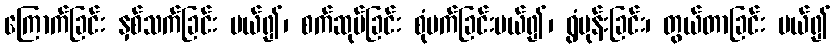
ကြောက်ခြင်း နှစ်သက်ခြင်း ပယ်၍၊ စက်ဆုပ်ခြင်း စုံမက်ခြင်းပယ်၍၊ ရွံမုန်းခြင်း၊ တွယ်တာခြင်း ပယ်၍